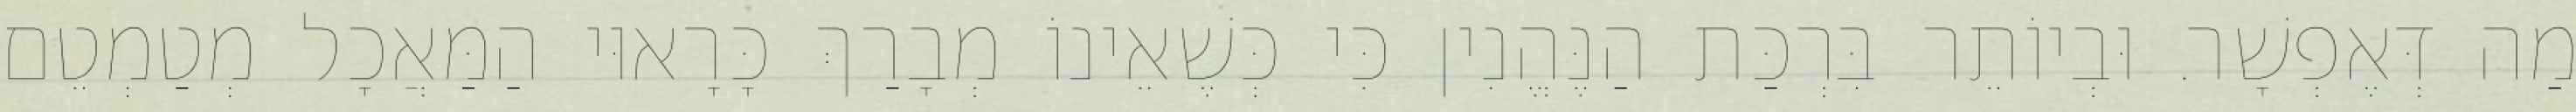
מַה דְּאֶפְשָׁר. וּבְיוֹתֵר בִּרְכַּת הַנֶּהֱנִין כִּי כְּשֶׁאֵינוֹ מְבָרַךְ כָּרָאוּי הַמַּאֲכָל מְטַמְטֵם